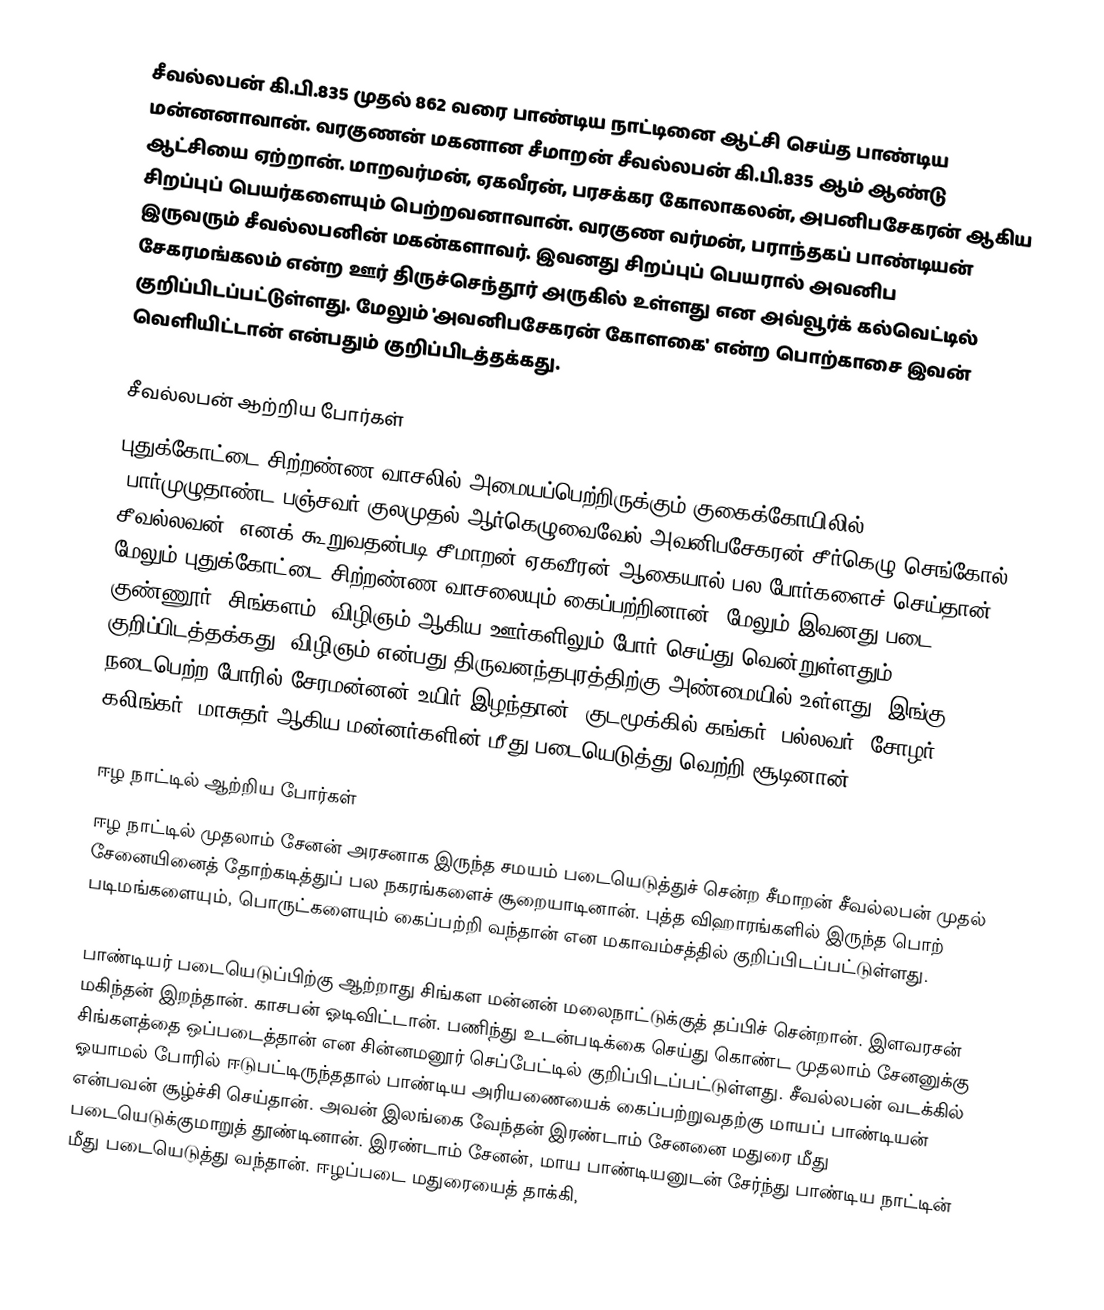
சீவல்லபன் கி.பி.835 முதல் 862 வரை பாண்டிய நாட்டினை ஆட்சி செய்த பாண்டிய மன்னனாவான். வரகுணன் மகனான சீமாறன் சீவல்லபன் கி.பி.835 ஆம் ஆண்டு ஆட்சியை ஏற்றான். மாறவர்மன், ஏகவீரன், பரசக்கர கோலாகலன், அபனிபசேகரன் ஆகிய சிறப்புப் பெயர்களையும் பெற்றவனாவான். வரகுண வர்மன், பராந்தகப் பாண்டியன் இருவரும் சீவல்லபனின் மகன்களாவர். இவனது சிறப்புப் பெயரால் அவனிப சேகரமங்கலம் என்ற ஊர் திருச்செந்தூர் அருகில் உள்ளது என அவ்வூர்க் கல்வெட்டில் குறிப்பிடப்பட்டுள்ளது. மேலும் 'அவனிபசேகரன் கோளகை' என்ற பொற்காசை இவன் வெளியிட்டான் என்பதும் குறிப்பிடத்தக்கது.

சீவல்லபன் ஆற்றிய போர்கள்
புதுக்கோட்டை சிற்றண்ண வாசலில் அமையப்பெற்றிருக்கும் குகைக்கோயிலில் "பார்முழுதாண்ட பஞ்சவர் குலமுதல் ஆர்கெழுவைவேல் அவனிபசேகரன்-சீர்கெழு செங்கோல் சீவல்லவன்" எனக் கூறுவதன்படி சீமாறன் ஏகவீரன் ஆகையால் பல போர்களைச் செய்தான். மேலும் புதுக்கோட்டை சிற்றண்ண வாசலையும் கைப்பற்றினான். மேலும் இவனது படை குண்ணூர், சிங்களம், விழிஞம் ஆகிய ஊர்களிலும் போர் செய்து வென்றுள்ளதும் குறிப்பிடத்தக்கது. விழிஞம் என்பது திருவனந்தபுரத்திற்கு அண்மையில் உள்ளது. இங்கு நடைபெற்ற போரில் சேரமன்னன் உயிர் இழந்தான். குடமூக்கில் கங்கர், பல்லவர், சோழர், கலிங்கர், மாசுதர் ஆகிய மன்னர்களின் மீது படையெடுத்து வெற்றி சூடினான்.

ஈழ நாட்டில் ஆற்றிய போர்கள்
ஈழ நாட்டில் முதலாம் சேனன் அரசனாக இருந்த சமயம் படையெடுத்துச் சென்ற சீமாறன் சீவல்லபன் முதல் சேனையினைத் தோற்கடித்துப் பல நகரங்களைச் சூறையாடினான். புத்த விஹாரங்களில் இருந்த பொற் படிமங்களையும், பொருட்களையும் கைப்பற்றி வந்தான் என மகாவம்சத்தில் குறிப்பிடப்பட்டுள்ளது.

பாண்டியர் படையெடுப்பிற்கு ஆற்றாது சிங்கள மன்னன் மலைநாட்டுக்குத் தப்பிச் சென்றான். இளவரசன் மகிந்தன் இறந்தான். காசபன் ஓடிவிட்டான். பணிந்து உடன்படிக்கை செய்து கொண்ட முதலாம் சேனனுக்கு சிங்களத்தை ஒப்படைத்தான் என சின்னமனூர் செப்பேட்டில் குறிப்பிடப்பட்டுள்ளது. சீவல்லபன் வடக்கில் ஓயாமல் போரில் ஈடுபட்டிருந்ததால் பாண்டிய அரியணையைக் கைப்பற்றுவதற்கு மாயப் பாண்டியன் என்பவன் சூழ்ச்சி செய்தான். அவன் இலங்கை வேந்தன்  இரண்டாம் சேனனை மதுரை மீது படையெடுக்குமாறுத் தூண்டினான். இரண்டாம் சேனன், மாய பாண்டியனுடன் சேர்ந்து பாண்டிய நாட்டின் மீது படையெடுத்து வந்தான். ஈழப்படை மதுரையைத் தாக்கி,